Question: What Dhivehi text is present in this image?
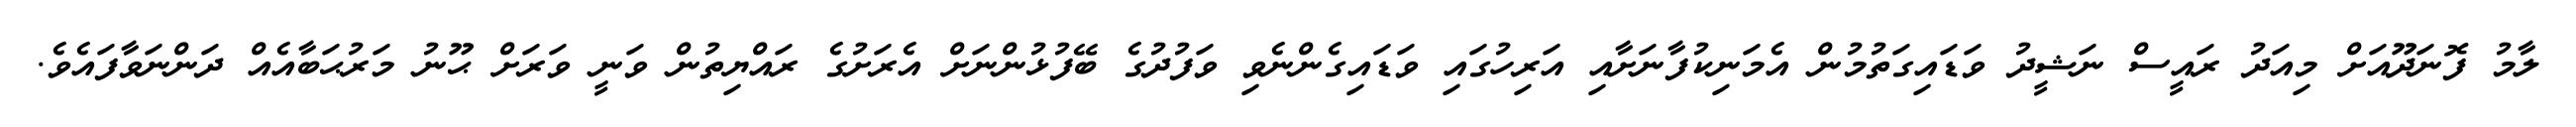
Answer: ލާމު ފޮނަދޫއަށް މިއަދު ރައީސް ނަޝީދު ވަޑައިގަތުމުން އެމަނިކުފާނަށާއި އަރިހުގައި ވަޑައިގެންނެވި ވަފުދުގެ ބޭފުޅުންނަށް އެރަށުގެ ރައްޔިތުން ވަނީ ވަރަށް ޙޫނު މަރުޙަބާއެއް ދަންނަވާފައެވެ.